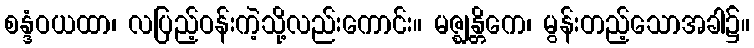
စန္ဒံဝယထာ၊ လပြည့်ဝန်းကဲ့သို့လည်းကောင်း။ မဇ္ဈန္တိကေ၊ မွန်းတည့်သောအခါ၌။